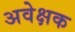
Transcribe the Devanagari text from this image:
अवेक्षक